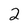
Character: 2